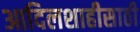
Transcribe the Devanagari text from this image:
आदिलशाहीसाठी